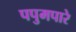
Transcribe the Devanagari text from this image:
पपुमपारे